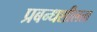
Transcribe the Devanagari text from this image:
प्रबन्धशीलता